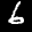
Label: 6